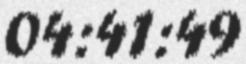
04:41:49